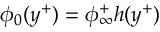
\phi _ { 0 } ( y ^ { + } ) = \phi _ { \infty } ^ { + } h ( y ^ { + } )